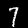
Digit: 7